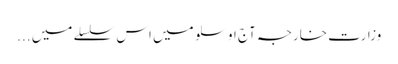
وزارت خارجہ آج اوسلو میں اس سلسلے میں ...